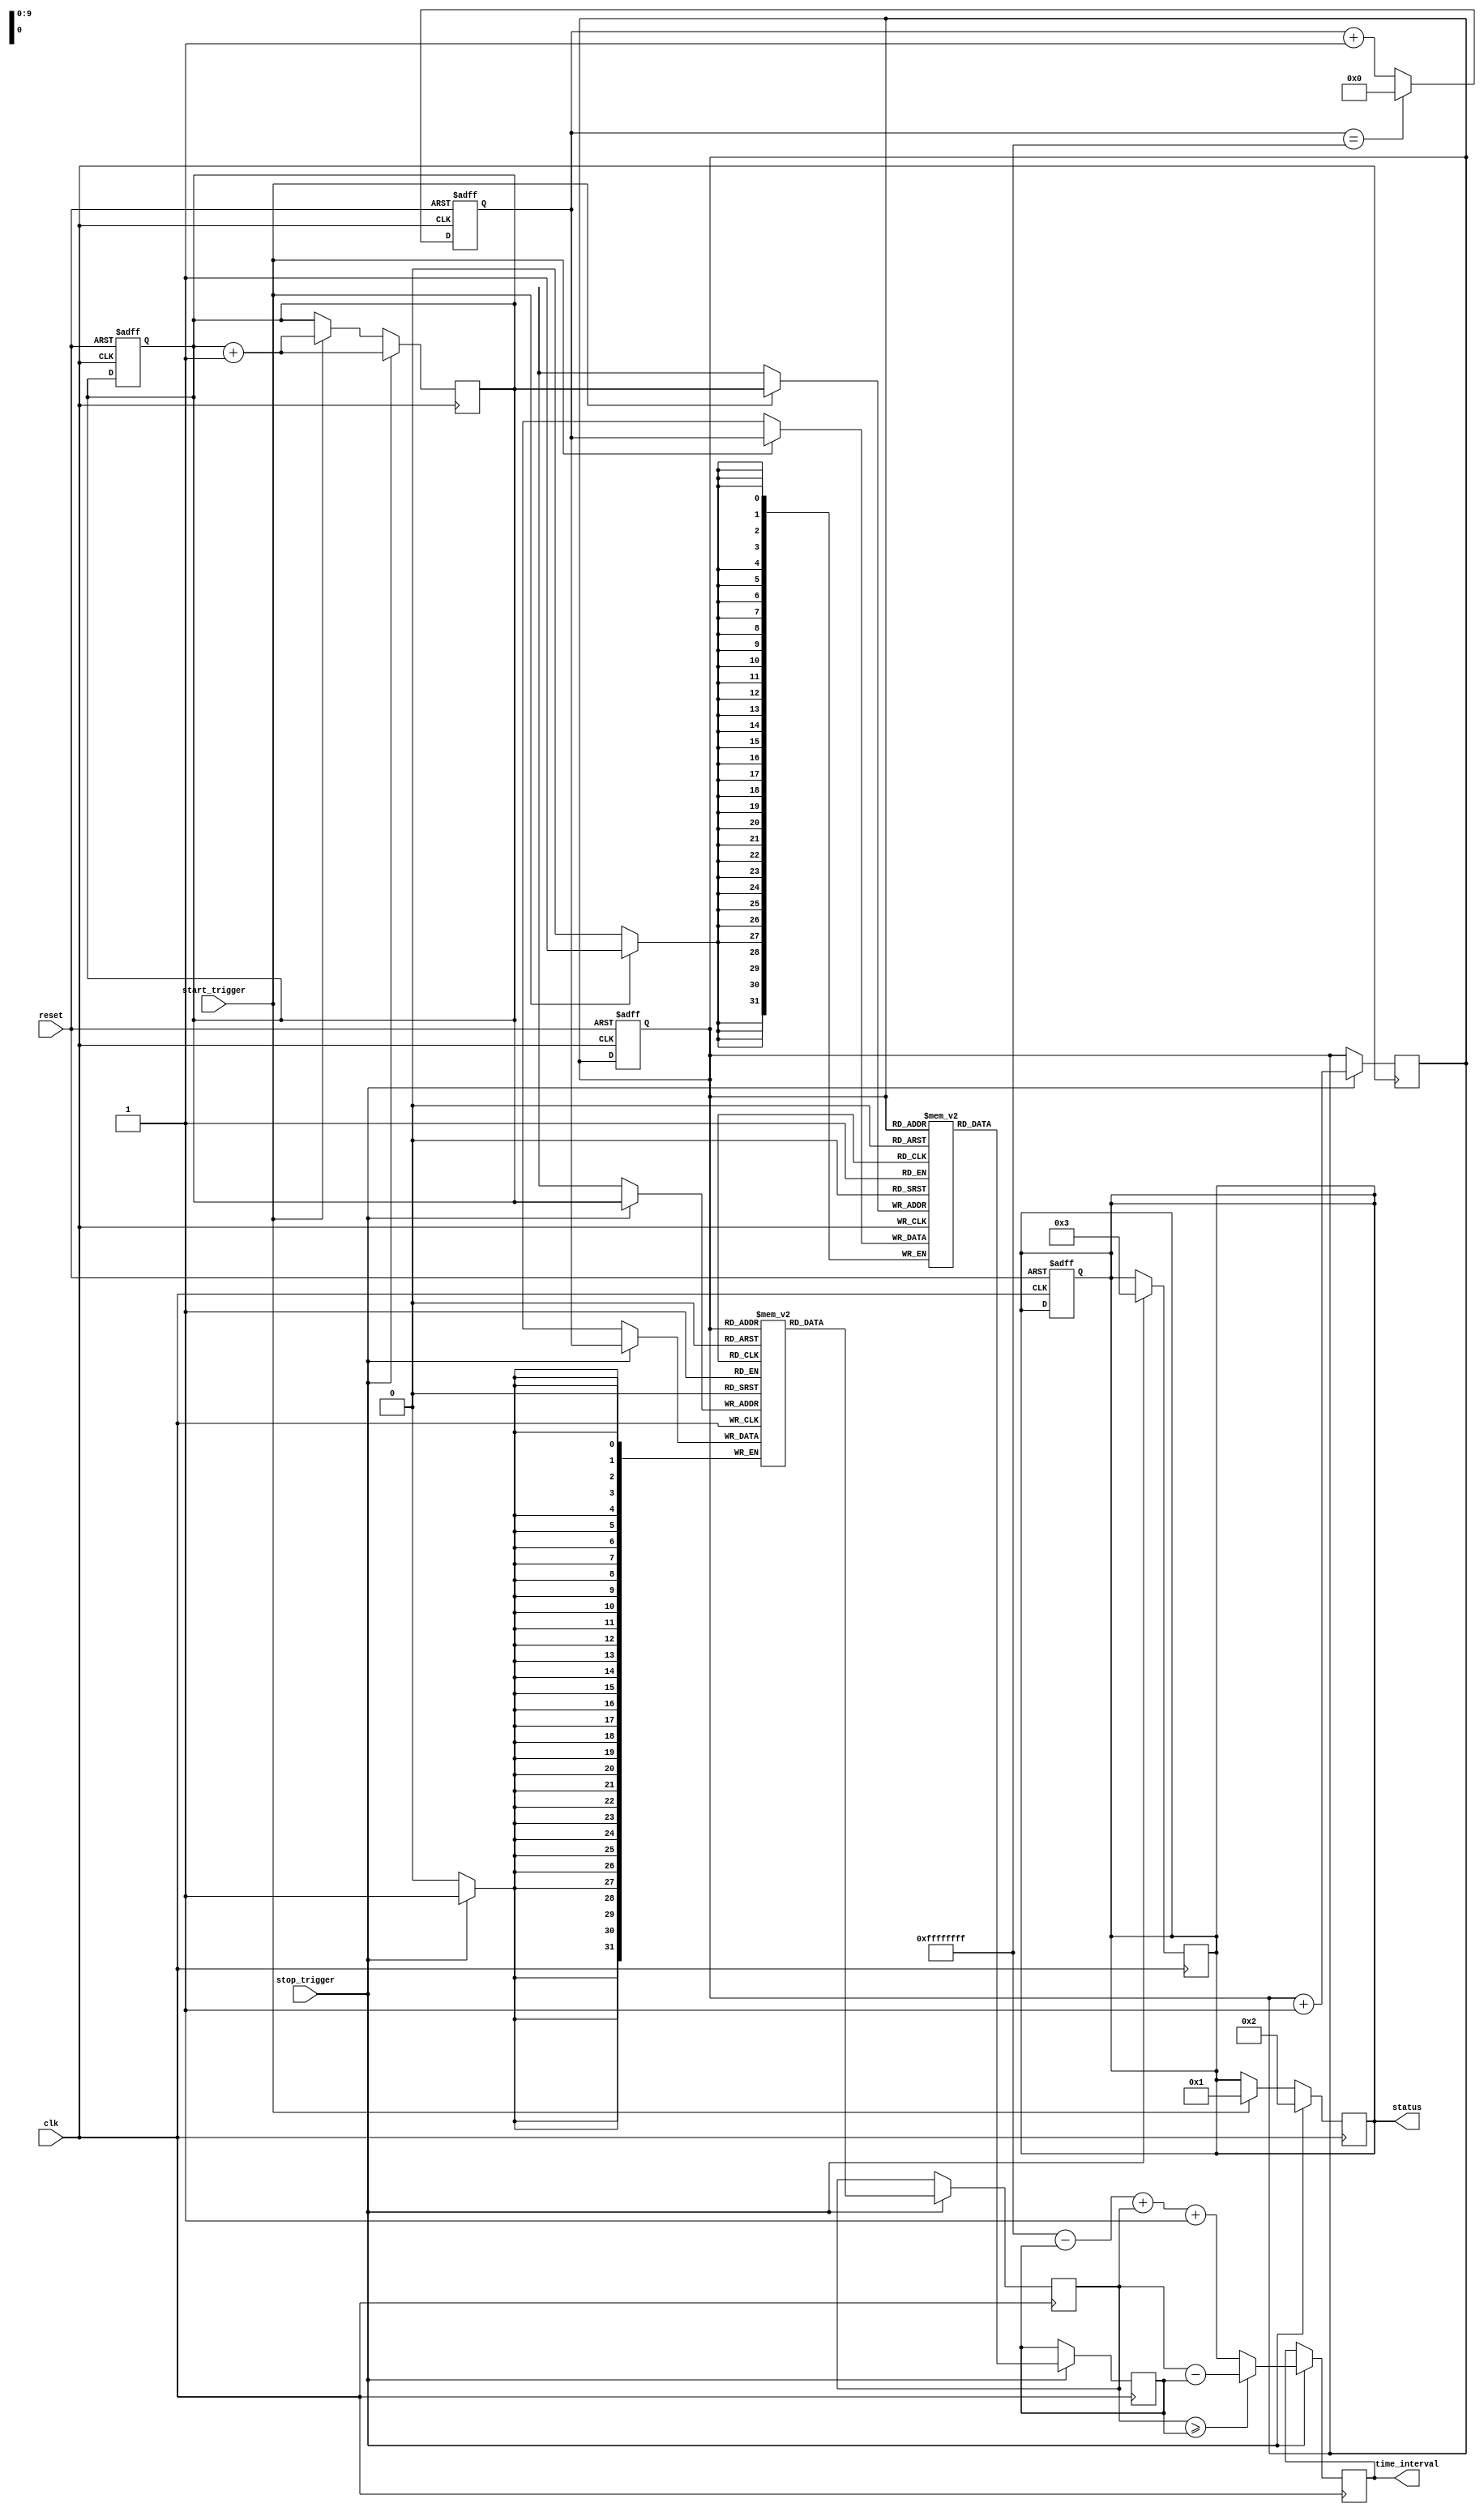
module TDC (
    input wire clk,                       // High-speed clock (100 MHz)
    input wire start_trigger,             // START event trigger
    input wire stop_trigger,              // STOP event trigger
    output reg [31:0] time_interval,      // Time interval output
    output reg [7:0] status,              // Status output
    input wire reset                       // Reset signal
);

    // Parameters
    parameter MEMORY_SIZE = 1024;         // Size of the memory
    parameter MAX_COUNT = 32'hFFFFFFFF;   // Max value for 32-bit counter

    // Internal signals
    reg [31:0] counter;                    // Counter for timestamps
    reg [31:0] start_time;                 // Timestamp for START event
    reg [31:0] stop_time;                  // Timestamp for STOP event
    reg [31:0] memory_start [0:MEMORY_SIZE-1]; // Memory for START timestamps
    reg [31:0] memory_stop [0:MEMORY_SIZE-1];  // Memory for STOP timestamps
    reg [9:0] write_pointer;               // Pointer for writing to memory
    reg [9:0] read_pointer;                // Pointer for reading from memory
    reg overflow_flag;                     // Overflow flag for time measurement

    // Counter logic
    always @(posedge clk or posedge reset) begin
        if (reset) begin
            counter <= 32'd0;
            write_pointer <= 10'd0;
            read_pointer <= 10'd0;
            overflow_flag <= 1'b0;
            status <= 8'b00000000;
        end else begin
            if (counter == MAX_COUNT) begin
                counter <= 32'd0;
                overflow_flag <= 1'b1; // Set overflow flag
            end else begin
                counter <= counter + 1'b1;
            end
        end
    end

    // Event capture for START and STOP
    always @(posedge clk) begin
        if (start_trigger) begin
            memory_start[write_pointer] <= counter; // Store START timestamp
            write_pointer <= write_pointer + 1;
            status <= 8'b00000001; // Indicate START captured
        end
        if (stop_trigger) begin
            memory_stop[write_pointer] <= counter; // Store STOP timestamp
            write_pointer <= write_pointer + 1;
            status <= 8'b00000010; // Indicate STOP captured
        end
    end

    // Time measurement logic
    always @(posedge clk) begin
        if (stop_trigger) begin
            start_time <= memory_start[read_pointer]; // Read last START timestamp
            stop_time <= memory_stop[read_pointer];   // Read last STOP timestamp
            
            // Calculate time interval and handle overflow
            if (stop_time >= start_time) begin
                time_interval <= stop_time - start_time;
            end else begin
                time_interval <= (MAX_COUNT - start_time) + stop_time + 1; // Handle overflow
            end

            read_pointer <= read_pointer + 1; // Move to the next event
            status <= 8'b00000011; // Indicate measurement done
        end
    end

endmodule